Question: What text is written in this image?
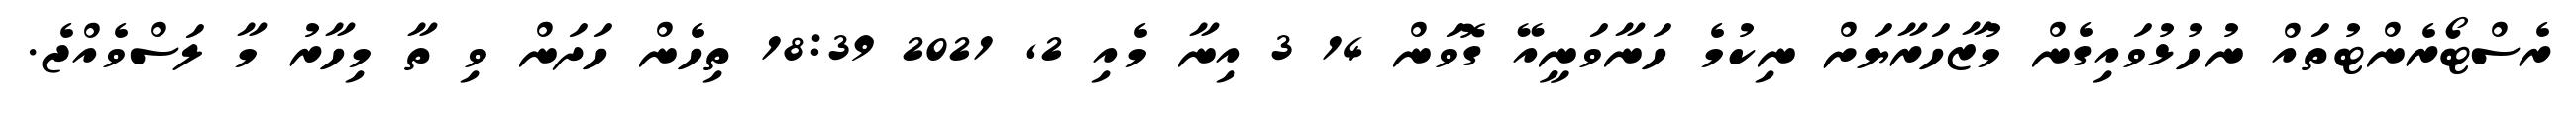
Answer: ރެސްޓޯރެންޓުތައް ނުހުޅުވައިގެން މުޒާހަރާޔަށް ނިކުމެ ހަނާވަނީއޭ ގޮވަން 14 3 އިނާ މެއި 2, 2021 18:39 ތިހެން ހަދަން ވި ތާ މިހާރު މާ ލަސްވެއްޖެ.